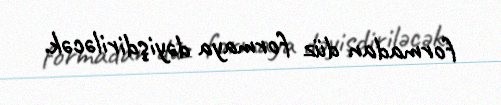
formadan düz formaya dəyişdiriləcək.